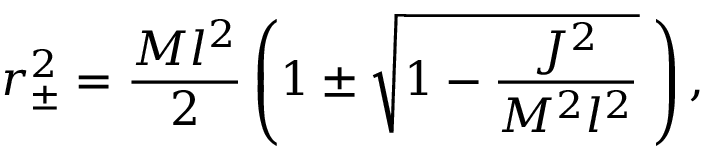
r _ { \pm } ^ { 2 } = \frac { M l ^ { 2 } } { 2 } \left( 1 \pm \sqrt { 1 - \frac { J ^ { 2 } } { M ^ { 2 } l ^ { 2 } } } \; \right) ,